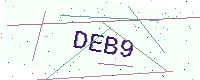
Text: DEB9